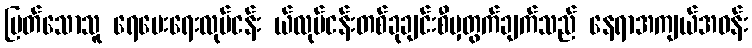
မြတ်သောသူ ရေပေးရေးလုပ်ငန်း ယ်လုပ်ငန်းတစ်ခုချင်းစီမှတွက်ချက်သည် နေရာအကျယ်အဝန်း